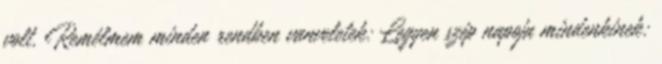
volt. Remélmem minden rendben vanveletek: Legyen szép napoja mindenkinek: